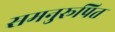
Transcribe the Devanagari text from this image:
समनुरूपित